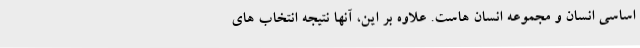
اساسی انسان و مجموعه انسان هاست. علاوه بر این، آنها نتیجه انتخاب های